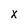
Character: x